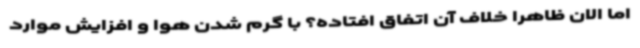
اما الان ظاهراً خلاف آن اتفاق افتاده؟ با گرم شدن هوا و افزایش موارد